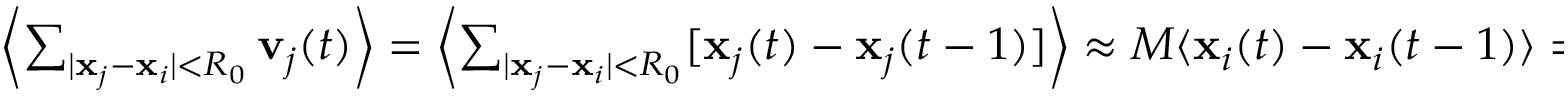
\begin{array} { r } { \left\langle \sum _ { | \mathbf { x } _ { j } - \mathbf { x } _ { i } | < R _ { 0 } } \mathbf { v } _ { j } ( t ) \right\rangle = \left\langle \sum _ { | \mathbf { x } _ { j } - \mathbf { x } _ { i } | < R _ { 0 } } [ \mathbf { x } _ { j } ( t ) - \mathbf { x } _ { j } ( t - 1 ) ] \right\rangle \approx M \langle \mathbf { x } _ { i } ( t ) - \mathbf { x } _ { i } ( t - 1 ) \rangle = M [ \mathbf { X } ( t ) - \mathbf { X } ( t - 1 ) ] , } \end{array}